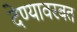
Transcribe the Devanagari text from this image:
देण्यावरबत